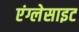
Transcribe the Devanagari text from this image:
एंग्लेसाइट